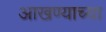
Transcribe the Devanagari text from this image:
आखण्याच्या